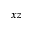
x z